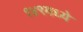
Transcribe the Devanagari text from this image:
१४९मध्ये